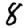
Digit: 8